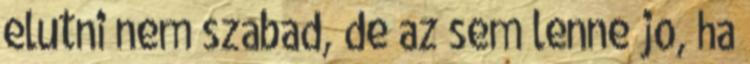
elutni nem szabad, de az sem lenne jo, ha